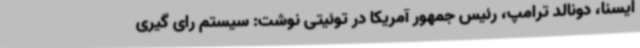
ایسنا، دونالد ترامپ، رئیس جمهور آمریکا در توئیتی نوشت: سیستم رای گیری